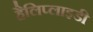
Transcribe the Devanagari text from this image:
हैलिप्लाइडी